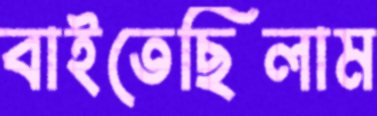
বাইতেছিলাম